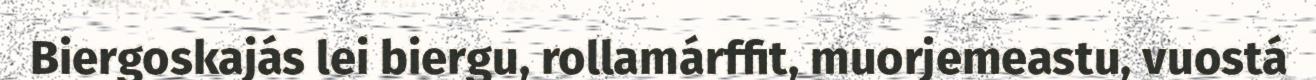
Biergoskajás lei biergu, rollamárffit, muorjemeastu, vuostá